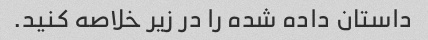
داستان داده شده را در زیر خلاصه کنید.